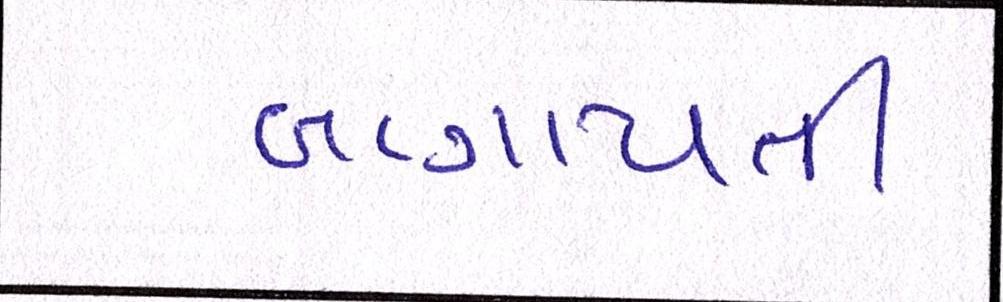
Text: બાગાયતી